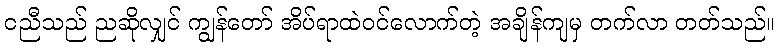
ငညီသည် ညဆိုလျှင် ကျွန်တော် အိပ်ရာထဲဝင်လောက်တဲ့ အချိန်ကျမှ တက်လာ တတ်သည်။